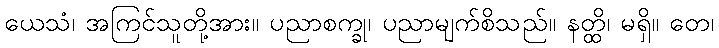
ယေသံ၊ အကြင်သူတို့အား။ ပညာစက္ခု၊ ပညာမျက်စိသည်။ နတ္ထိ၊ မရှိ။ တေ၊